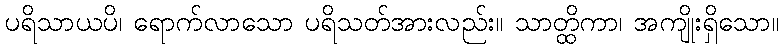
ပရိသာယပိ၊ ရောက်လာသော ပရိသတ်အားလည်း။ သာတ္ထိကာ၊ အကျိုးရှိသော။